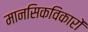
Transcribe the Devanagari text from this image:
मानसिकविकारों